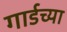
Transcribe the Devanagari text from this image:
गार्डच्या